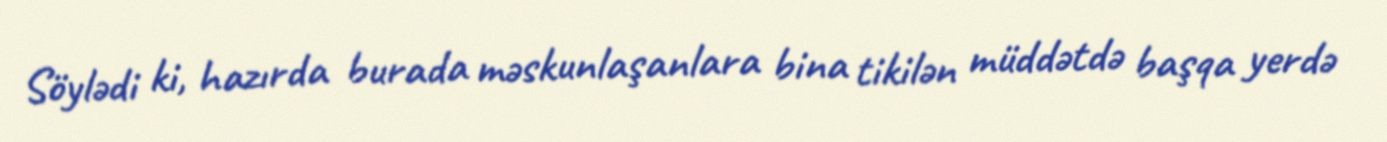
Söylədi ki, hazırda burada məskunlaşanlara bina tikilən müddətdə başqa yerdə